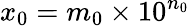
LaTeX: x_{0}=m_{0}\times 10^{n_{0}}